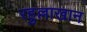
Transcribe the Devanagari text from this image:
रहुल्लाखान